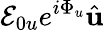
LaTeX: \mathcal{E}_{0u}e^{i\Phi_{u}}\hat{\mathbf{u}}